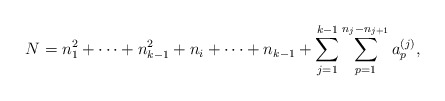
\begin{align*}N=n_1^2 + \cdots + n_{k-1}^2 +n_i + \cdots + n_{k-1}+\sum_{j=1}^{k-1} \sum_{p=1}^{n_j -n_{j+1}} a^{(j)}_{p},\end{align*}